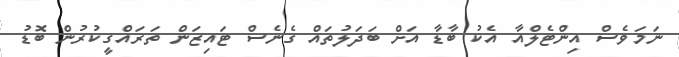
ނަމަވެސް އިންޓެލްއާ އެކު ބާޑާ އަށް ބަދަލުތައް ގެނެސް ޓައިޒަން ތަރައްގީކުރުން ބޮޑު